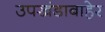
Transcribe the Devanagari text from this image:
उपखंडाबाहेर